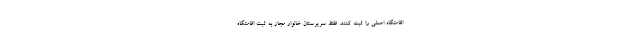
اقامتگاه اصلی را ثبت کنند. فقط سرپرستان خانوار مجاز به ثبت اقامتگاه